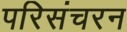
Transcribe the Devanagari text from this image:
परिसंचरन